65_HS1-834228961_62-HQ-83894_Section_6
Agency: FBI
Page 220
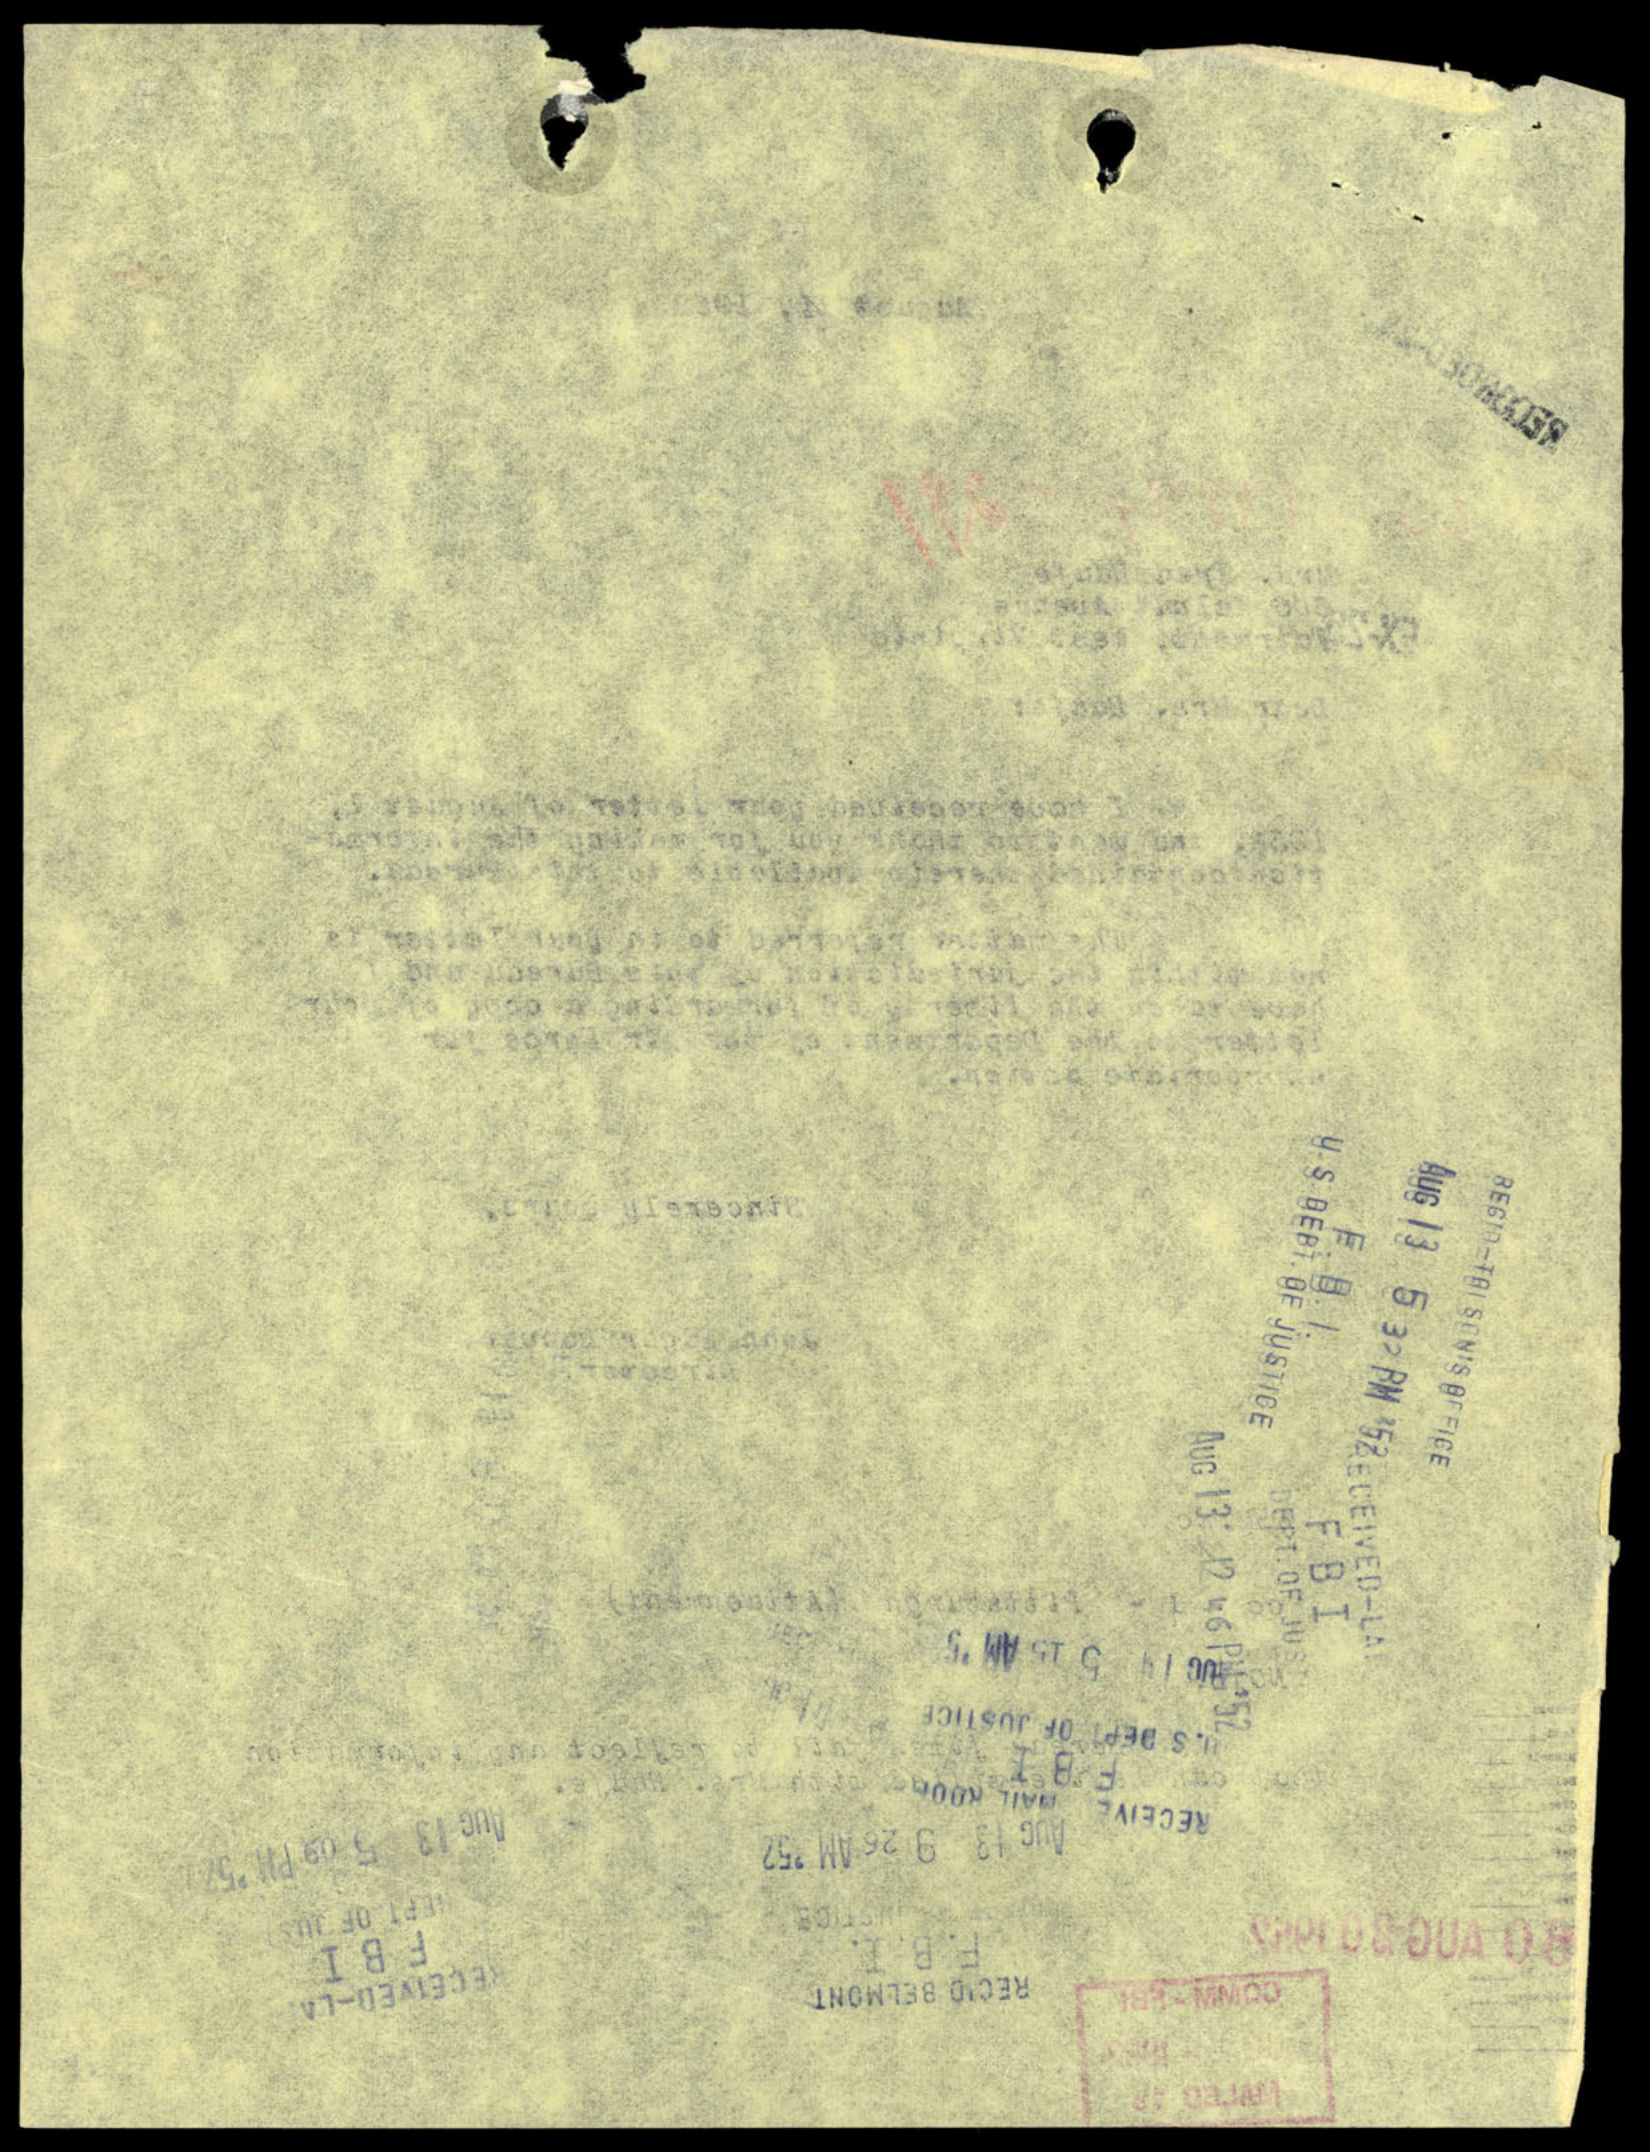